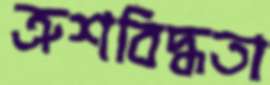
ত্রুশবিদ্ধতা